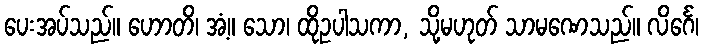
ပေးအပ်သည်။ ဟောတိ၊ အံ့။ သော၊ ထိုဥပါသကာ, သို့မဟုတ် သာမဏေသည်။ လိင်္ဂေ၊